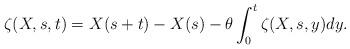
LaTeX: \begin{align*}\zeta(X,s,t) = X(s + t) - X(s) - \theta \int_0^t \zeta(X,s,y) dy.\end{align*}